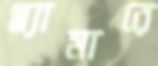
গ্ল্যামারে